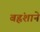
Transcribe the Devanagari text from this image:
बह्वंशाने